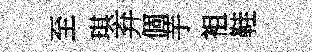
至琪弃個芋袓鞋